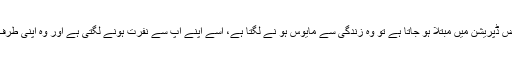
جب شوگر کا مریض ڈپریشن میں مبتلا ہو جاتا ہے تو وہ زندگی سے مایوس ہو نے لگتا ہے، اسے اپنے آپ سے نفرت ہونے لگتی ہے اور وہ اپنی طرف کم توجہ دیتا ہے۔